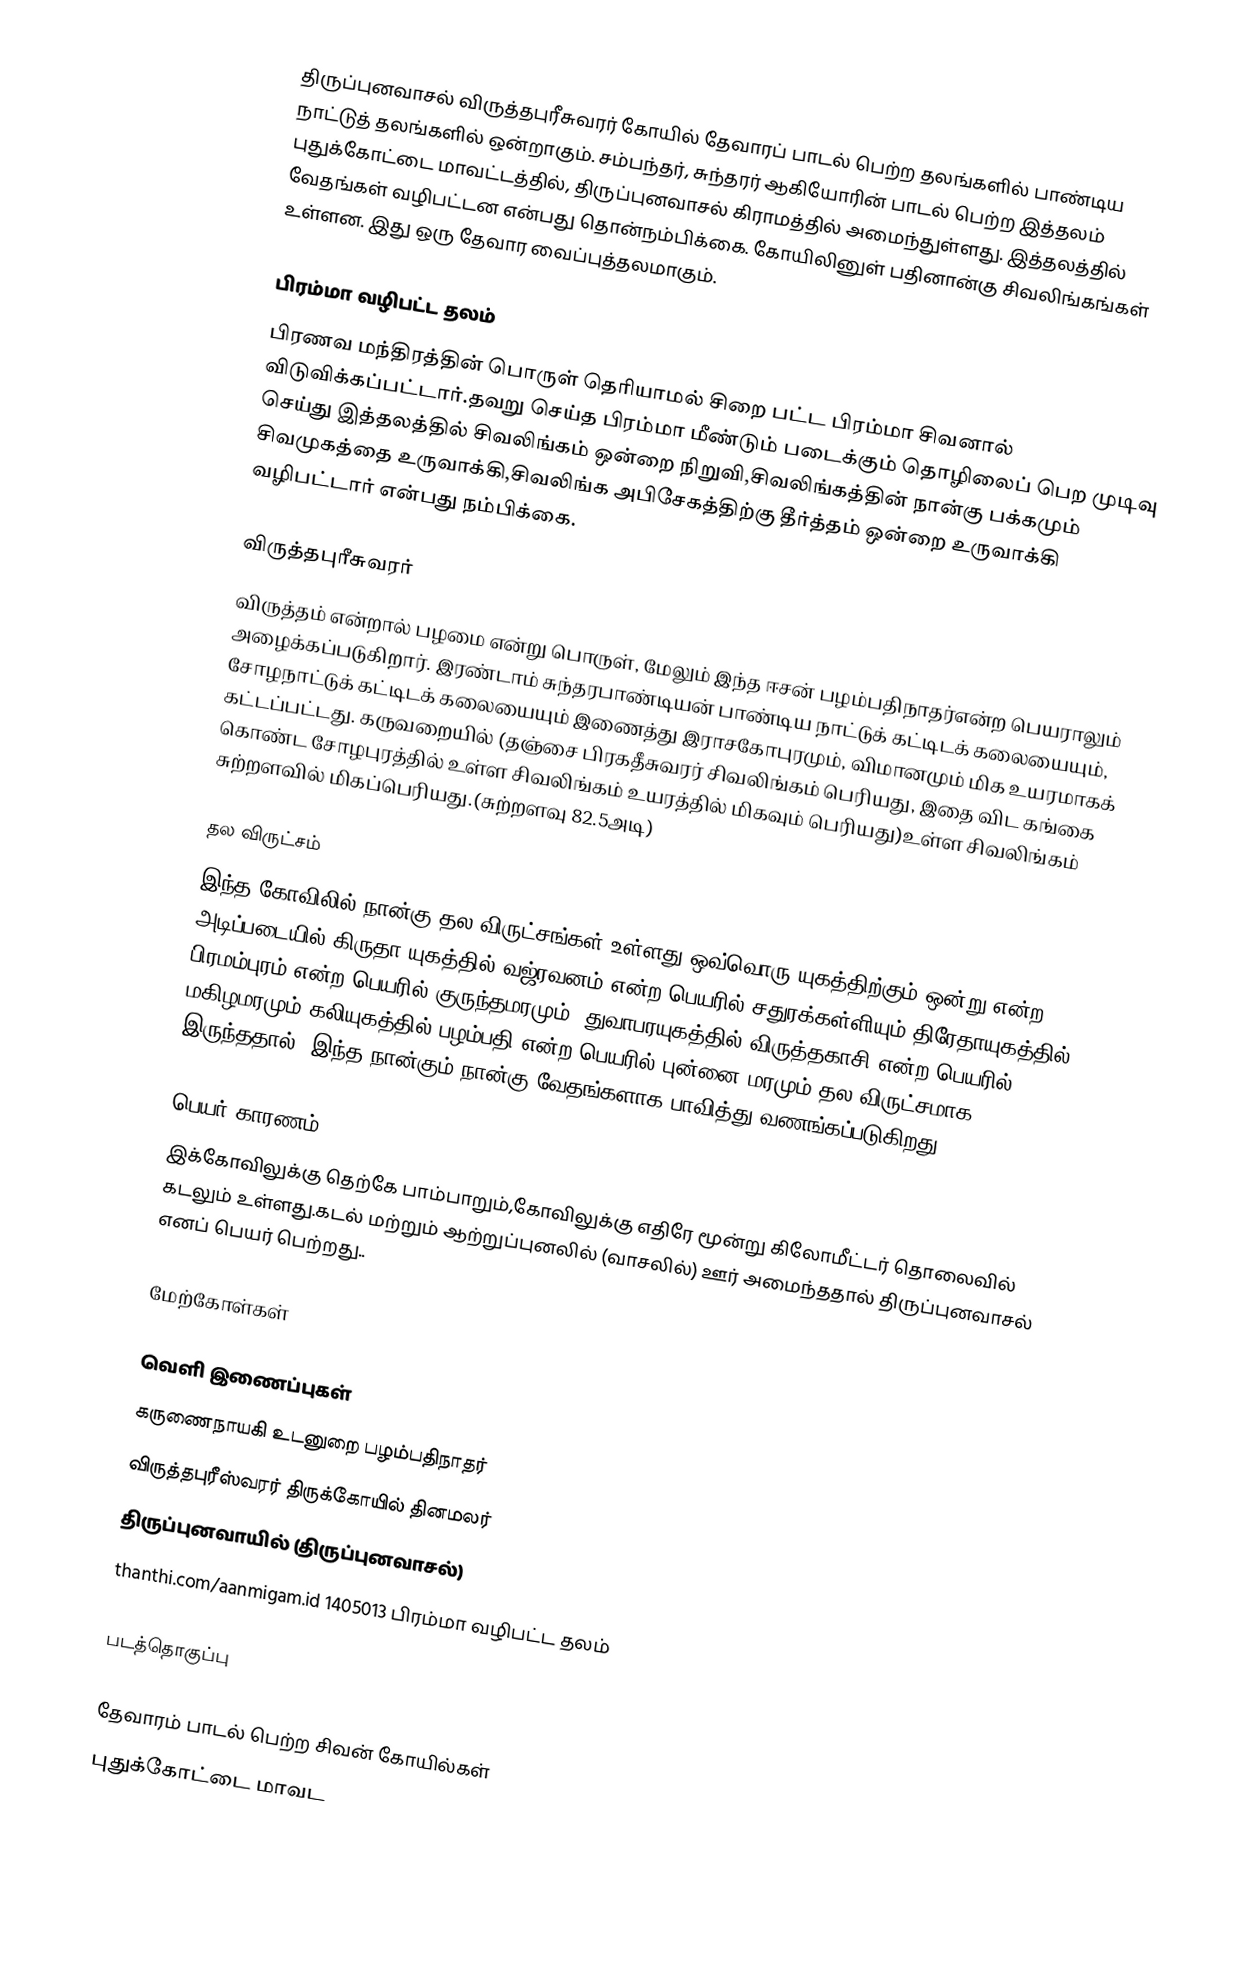
திருப்புனவாசல் விருத்தபுரீசுவரர் கோயில் தேவாரப் பாடல் பெற்ற தலங்களில்  பாண்டிய நாட்டுத் தலங்களில் ஒன்றாகும். சம்பந்தர், சுந்தரர் ஆகியோரின் பாடல் பெற்ற இத்தலம் புதுக்கோட்டை மாவட்டத்தில், திருப்புனவாசல் கிராமத்தில் அமைந்துள்ளது. இத்தலத்தில் வேதங்கள் வழிபட்டன என்பது தொன்நம்பிக்கை. கோயிலினுள் பதினான்கு சிவலிங்கங்கள் உள்ளன. இது ஒரு தேவார வைப்புத்தலமாகும்.

பிரம்மா வழிபட்ட தலம்
பிரணவ மந்திரத்தின் பொருள் தெரியாமல் சிறை பட்ட பிரம்மா சிவனால் விடுவிக்கப்பட்டார்.தவறு செய்த பிரம்மா மீண்டும் படைக்கும் தொழிலைப் பெற முடிவு செய்து இத்தலத்தில் சிவலிங்கம் ஒன்றை நிறுவி,சிவலிங்கத்தின் நான்கு பக்கமும் சிவமுகத்தை உருவாக்கி,சிவலிங்க அபிசேகத்திற்கு தீர்த்தம் ஒன்றை உருவாக்கி வழிபட்டார் என்பது நம்பிக்கை.

விருத்தபுரீசுவரர்
விருத்தம் என்றால் பழமை என்று பொருள், மேலும் இந்த ஈசன் பழம்பதிநாதர்என்ற பெயராலும் அழைக்கப்படுகிறார். இரண்டாம் சுந்தரபாண்டியன் பாண்டிய நாட்டுக் கட்டிடக் கலையையும், சோழநாட்டுக் கட்டிடக் கலையையும் இணைத்து  இராசகோபுரமும், விமானமும் மிக உயரமாகக் கட்டப்பட்டது. கருவறையில் (தஞ்சை பிரகதீசுவரர் சிவலிங்கம் பெரியது, இதை விட  கங்கை கொண்ட சோழபுரத்தில் உள்ள சிவலிங்கம் உயரத்தில் மிகவும் பெரியது)உள்ள சிவலிங்கம் சுற்றளவில் மிகப்பெரியது.(சுற்றளவு 82.5அடி)

தல விருட்சம்
இந்த கோவிலில் நான்கு தல விருட்சங்கள் உள்ளது,ஒவ்வொரு யுகத்திற்கும் ஒன்று என்ற அடிப்படையில்,கிருதா யுகத்தில் வஜ்ரவனம் என்ற பெயரில் சதுரக்கள்ளியும்,திரேதாயுகத்தில் பிரமம்புரம் என்ற பெயரில் குருந்தமரமும், துவாபரயுகத்தில் விருத்தகாசி என்ற பெயரில் மகிழமரமும்,கலியுகத்தில் பழம்பதி என்ற பெயரில் புன்னை மரமும் தல விருட்சமாக இருந்ததால், இந்த நான்கும் நான்கு வேதங்களாக பாவித்து வணங்கப்படுகிறது.

பெயர் காரணம்
இக்கோவிலுக்கு தெற்கே பாம்பாறும்,கோவிலுக்கு எதிரே மூன்று கிலோமீட்டர் தொலைவில் கடலும் உள்ளது.கடல் மற்றும் ஆற்றுப்புனலில் (வாசலில்) ஊர் அமைந்ததால் திருப்புனவாசல் எனப் பெயர் பெற்றது..

மேற்கோள்கள்

வெளி இணைப்புகள்
 கருணைநாயகி உடனுறை பழம்பதிநாதர்
  விருத்தபுரீஸ்வரர் திருக்கோயில் தினமலர்
 திருப்புனவாயில் (திருப்புனவாசல்)
 thanthi.com/aanmigam.id 1405013 பிரம்மா வழிபட்ட தலம்

படத்தொகுப்பு

தேவாரம் பாடல் பெற்ற சிவன் கோயில்கள்
புதுக்கோட்டை மாவட